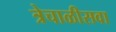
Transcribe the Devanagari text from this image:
त्रेचाळीसवा